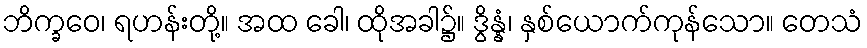
ဘိက္ခဝေ၊ ရဟန်းတို့။ အထ ခေါ၊ ထိုအခါ၌။ ဒွိန္နံ၊ နှစ်ယောက်ကုန်သော။ တေသံ